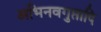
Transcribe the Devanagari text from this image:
अभिनवगुप्तादि